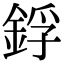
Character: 鋢